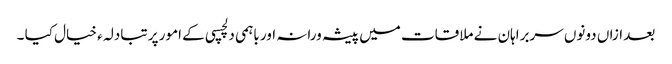
بعد ازاں دونوں سربراہان نے ملاقات میں پیشہ ورانہ اور باہمی دلچسپی کے امور پر تبادلہ ء خیال کیا ۔